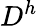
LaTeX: D^{h}